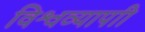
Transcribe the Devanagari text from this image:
विश्वव्यापाी